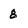
Character: 8